Vaccination in Bombay 1874-1876 - 1874-1876
Year: 1874
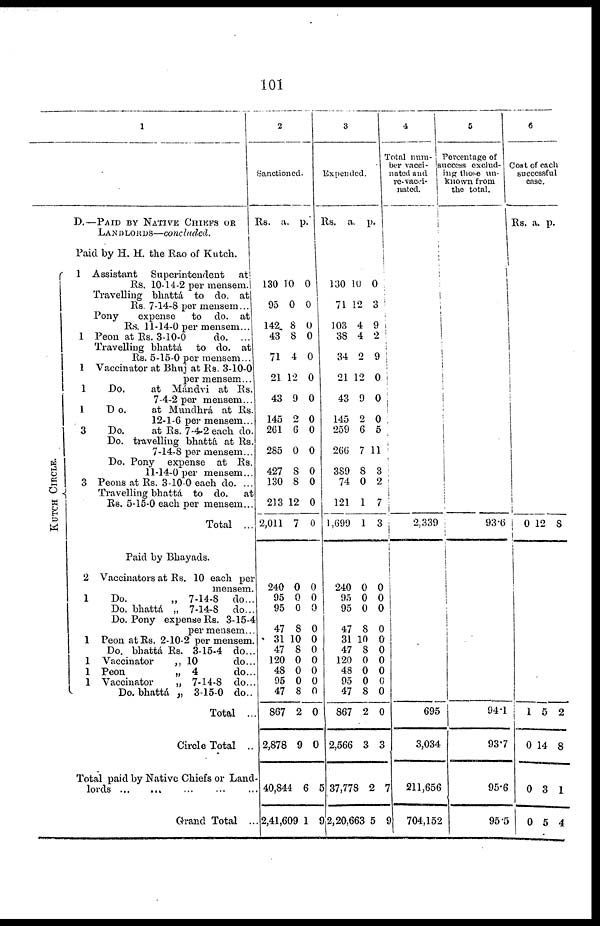
101
1
D.—PAID BY NATIVE CHIEFS OR
LANDLORDS—concluded.
KUT CH CIRCLE.
Paid by H. H. the Rao of Kutch.
1 Assistant
Superintendent
at
Rs. 10-14-2 per mensem.
Travelling bhattá to do. at
Rs. 7-14-8 per mensem...
Pony
expense
to do. at
Rs. 11-14-0 per mensem...
1 Peon at Rs. 3-10-0
do. ...
Travelling bhattá to do. at
Rs. 5-15-0 per mensem...
1 Vaccinator at Bhuj at Rs, 3-10-0
per mensem...
1
Do.
at Mándvi at Rs.
7-4-2 per mensem...
1
Do.
at Mundhrá at Rs.
12-1-6 per mensem...
3
Do.
at Rs. 7-4-2 each do.
Do. travelling bhattá at Rs.
7-14-8 per mensem...
Do. Pony
expense at Rs.
11-14-0 per mensem...
3 Peons at Rs. 3-10-0 each do. ...
Travelling bhattá to do.
at
Rs. 5-15-0 each per mensem...
Total ...
Paid by Bhayads.
2 Vaccinators at Rs. 10 each per
mensem.
1
Do.
„ 7-14-8 do...
Do. bhattá „ 7-14-8 do...
Do. Pony expense Rs. 3-15-4
per mensem...
1 Peon at Rs. 2-10-2 per mensem.
Do. bhattá Rs. 3-15-4 do...
1 Vaccinator
„ 10
do...
1 Peon
„ 4
do...
1 Vaccinator
„ 7-14-8 do...
Do. bhattá „ 3-15-0 do..
Total ...
Circle Total ..
Total paid by Native Chiefs or Land¬
lords
...
...
...
...
...
Grand Total ...
2
Sanctioned.
Rs.
a. p.
130
95
142
43
71
21
43
145
261
285
427
130
213
2,011
10
0
8
8
4
12
9
2
6
0
8
8
12
7
0
0
0
0
0
0
0
0
0
0
0
0
0
0
240
95
95
47
31
47
120
48
95
47
867
2,878
40,844
2,41,609
0
0
0
8
10
8
0
0
0
8
2
9
6
1
0
0
0
0
0
0
0
0
0
0
0
0
5
9
3
Expended.
Rs.
a. p.
130
71
103
38
34
21
43
145
259
266
389
74
121
1,699
10
12
4
4
2
12
9
2
6
7
8
0
1
1
0
3
9
2
9
0
0
0
5
11
3
2
7
3
240
95
95
47
31
47
120
48
95
47
867
2,566
37,778
2,20,663
0
0
0
8
10
8
0
0
0
8
2
3
2
5
0
0
0
0
0 0
0
0
0
0
0
3
7
9
4
Total num¬
ber vacci¬
nated and
re-vacci¬
nated.
2,339
695
3,034
211,656
704,152
5
Percentage of
success exclud¬
ing those un¬
known from
the total.
93.6
94.1
93.7
95.6
95.5
6
Cost of each
successful
case.
Rs. a.
p.
0 12 8
1
0
0
0
5
14
3
5
2
8
1
4